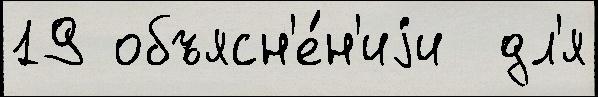
19 объясн'е́н'иjи  дл'я